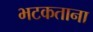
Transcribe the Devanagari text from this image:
भटकताना